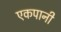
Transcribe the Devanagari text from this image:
एकपानी